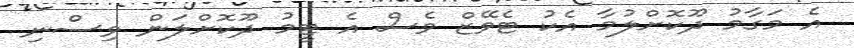
އެ މަގާމު ދޫކޮށްލުމާ އެކު ޓެވޭޒް ވެސް އެ ޓީމު ދޫކޮށްލަން ވިސްނި